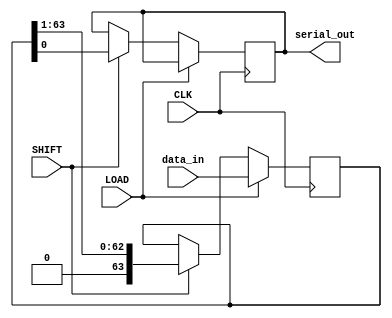
module PISO_Register (
    input wire [63:0] data_in,   // 64-bit input data
    input wire LOAD,              // Load control signal
    input wire SHIFT,             // Shift control signal
    input wire CLK,               // Clock signal
    output reg serial_out         // Serial output
);

    reg [63:0] shift_reg;         // Internal shift register to hold data

    always @(posedge CLK) begin
        if (LOAD) begin
            // Load data into the shift register on LOAD signal
            shift_reg <= data_in;
        end else if (SHIFT) begin
            // Shift data serially on SHIFT signal
            serial_out <= shift_reg[0]; // Output LSB to serial_out
            shift_reg <= shift_reg >> 1; // Shift right
        end
        // If neither LOAD nor SHIFT is active, the register retains its value
    end

endmodule